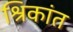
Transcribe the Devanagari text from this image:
श्रिकांत